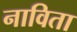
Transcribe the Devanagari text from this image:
नाविता